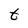
Character: t